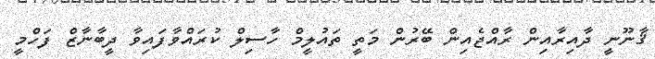
ޤާނޫނީ ދާއިރާއިން ރާއްޖެއިން ބޭރުން މަތީ ތައުލީމް ހާސިލް ކުރައްވާފައިވާ ދީބާނާޒް ފަހްމީ